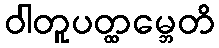
ဝါတူပတ္ထမ္ဘေတိ